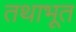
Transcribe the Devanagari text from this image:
तथाभूत